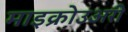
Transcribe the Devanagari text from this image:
माइक्रोउअरी